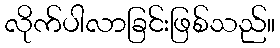
လိုက်ပါလာခြင်းဖြစ်သည်။